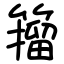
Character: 籀